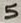
Text: 5